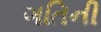
ગતિની